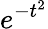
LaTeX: e^{-t^{2}}